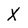
Character: X